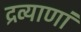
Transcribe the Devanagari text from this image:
द्रव्याणां